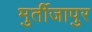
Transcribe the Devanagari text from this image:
मुर्तीजापुर